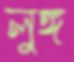
লুঙ্গ